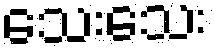
သေးသေး